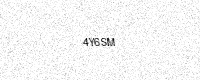
Text: 4Y6SM